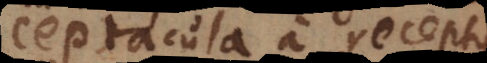
ceptacula a receptis.